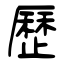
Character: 歷